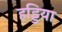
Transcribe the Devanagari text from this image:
हड्डिया